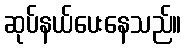
ဆုပ်နယ်ပေးနေသည်။